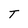
Character: T